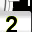
Digit: 2